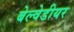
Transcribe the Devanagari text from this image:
बेल्वेडीयर